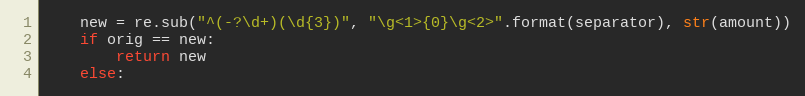
Language: Python
    new = re.sub("^(-?\d+)(\d{3})", "\g<1>{0}\g<2>".format(separator), str(amount))
    if orig == new:
        return new
    else: